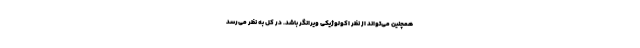
همچنین می‌تواند از نظر اکولوژیکی ویرانگر باشد. در کل به نظر می‌رسد